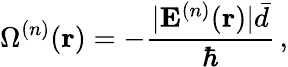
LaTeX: \Omega^{(n)}({\mathbf r})=-\frac{|{\mathbf E}^{(n)}({\mathbf r})|{\bar{d}}}{\hbar}\, ,